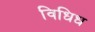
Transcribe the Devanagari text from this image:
विधिध